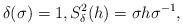
LaTeX: \begin{align*} \delta(\sigma)=1, S_{\delta}^{2}(h)=\sigma h \sigma ^{-1},\end{align*}